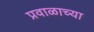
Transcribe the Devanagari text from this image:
प्रवाळाच्या